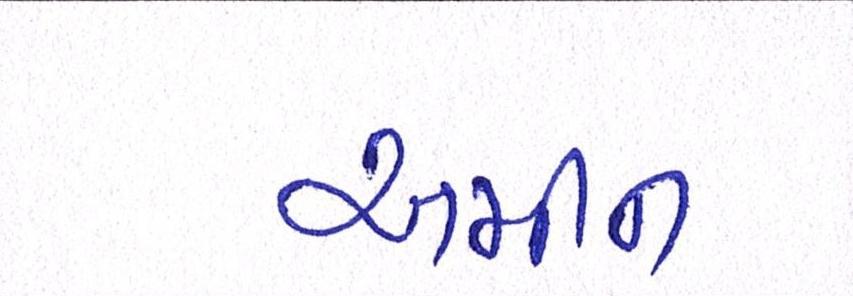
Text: અમીન